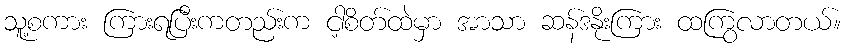
သူ့စကား ကြားရပြီးကတည်းက ငါ့စိတ်ထဲမှာ အာသာ ဆန်ဒနိုးကြား ထကြွလာတယ်။